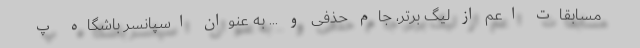
مسابقات اعم از لیگ برتر، جام حذفی و ... به عنوان اسپانسر باشگاه پ